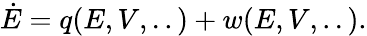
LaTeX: \begin{array}{r}{\dot{E}=q(E,V,..)+w(E,V,..).}\end{array}